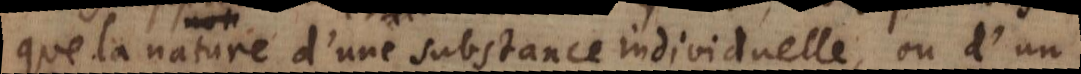
que la nature d’une substance individuelle, ou d’un